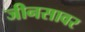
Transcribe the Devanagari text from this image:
जीनसावर